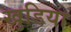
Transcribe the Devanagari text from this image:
खुडिया